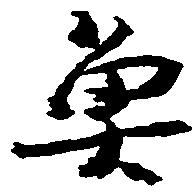
魚